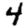
Digit: 4